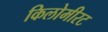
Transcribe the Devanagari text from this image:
किलोमीरट